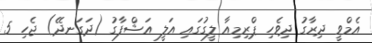
އެމްވީ ދިރާގު ދިވެހި ޕްރިމިއާ ލީގުގައި އަލީ އަޝްފާގު (ދަގަނދޭ) ޖެހި 5